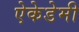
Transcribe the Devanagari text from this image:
ऐकेडेमी